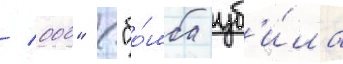
/ 000" ("бо́мба уб'и́ла